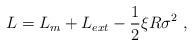
LaTeX: \begin{align*}L=L_m+L_{ext} -{\frac{1}{2}} \xi R \sigma^2~,\end{align*}